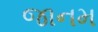
જાનમ